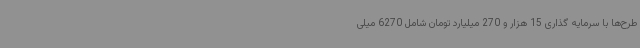
طرح‌ها با سرمایه گذاری 15 هزار و 270 میلیارد تومان شامل 6270 میلی